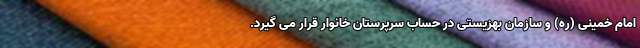
امام خمینی (ره) و سازمان بهزیستی در حساب سرپرستان خانوار قرار می گیرد.